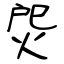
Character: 焈